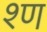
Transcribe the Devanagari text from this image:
श्ण